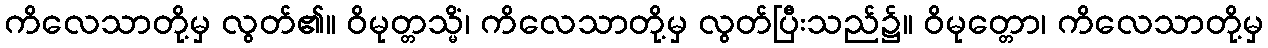
ကိလေသာတို့မှ လွတ်၏။ ဝိမုတ္တသ္မိံ၊ ကိလေသာတို့မှ လွတ်ပြီးသည်၌။ ဝိမုတ္တော၊ ကိလေသာတို့မှ